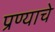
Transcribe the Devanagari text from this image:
प्रण्याचे